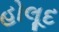
હોલૂદ